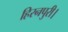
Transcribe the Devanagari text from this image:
हिरनपुरी।